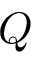
Q